Ambla_Vallakohus, lk 6
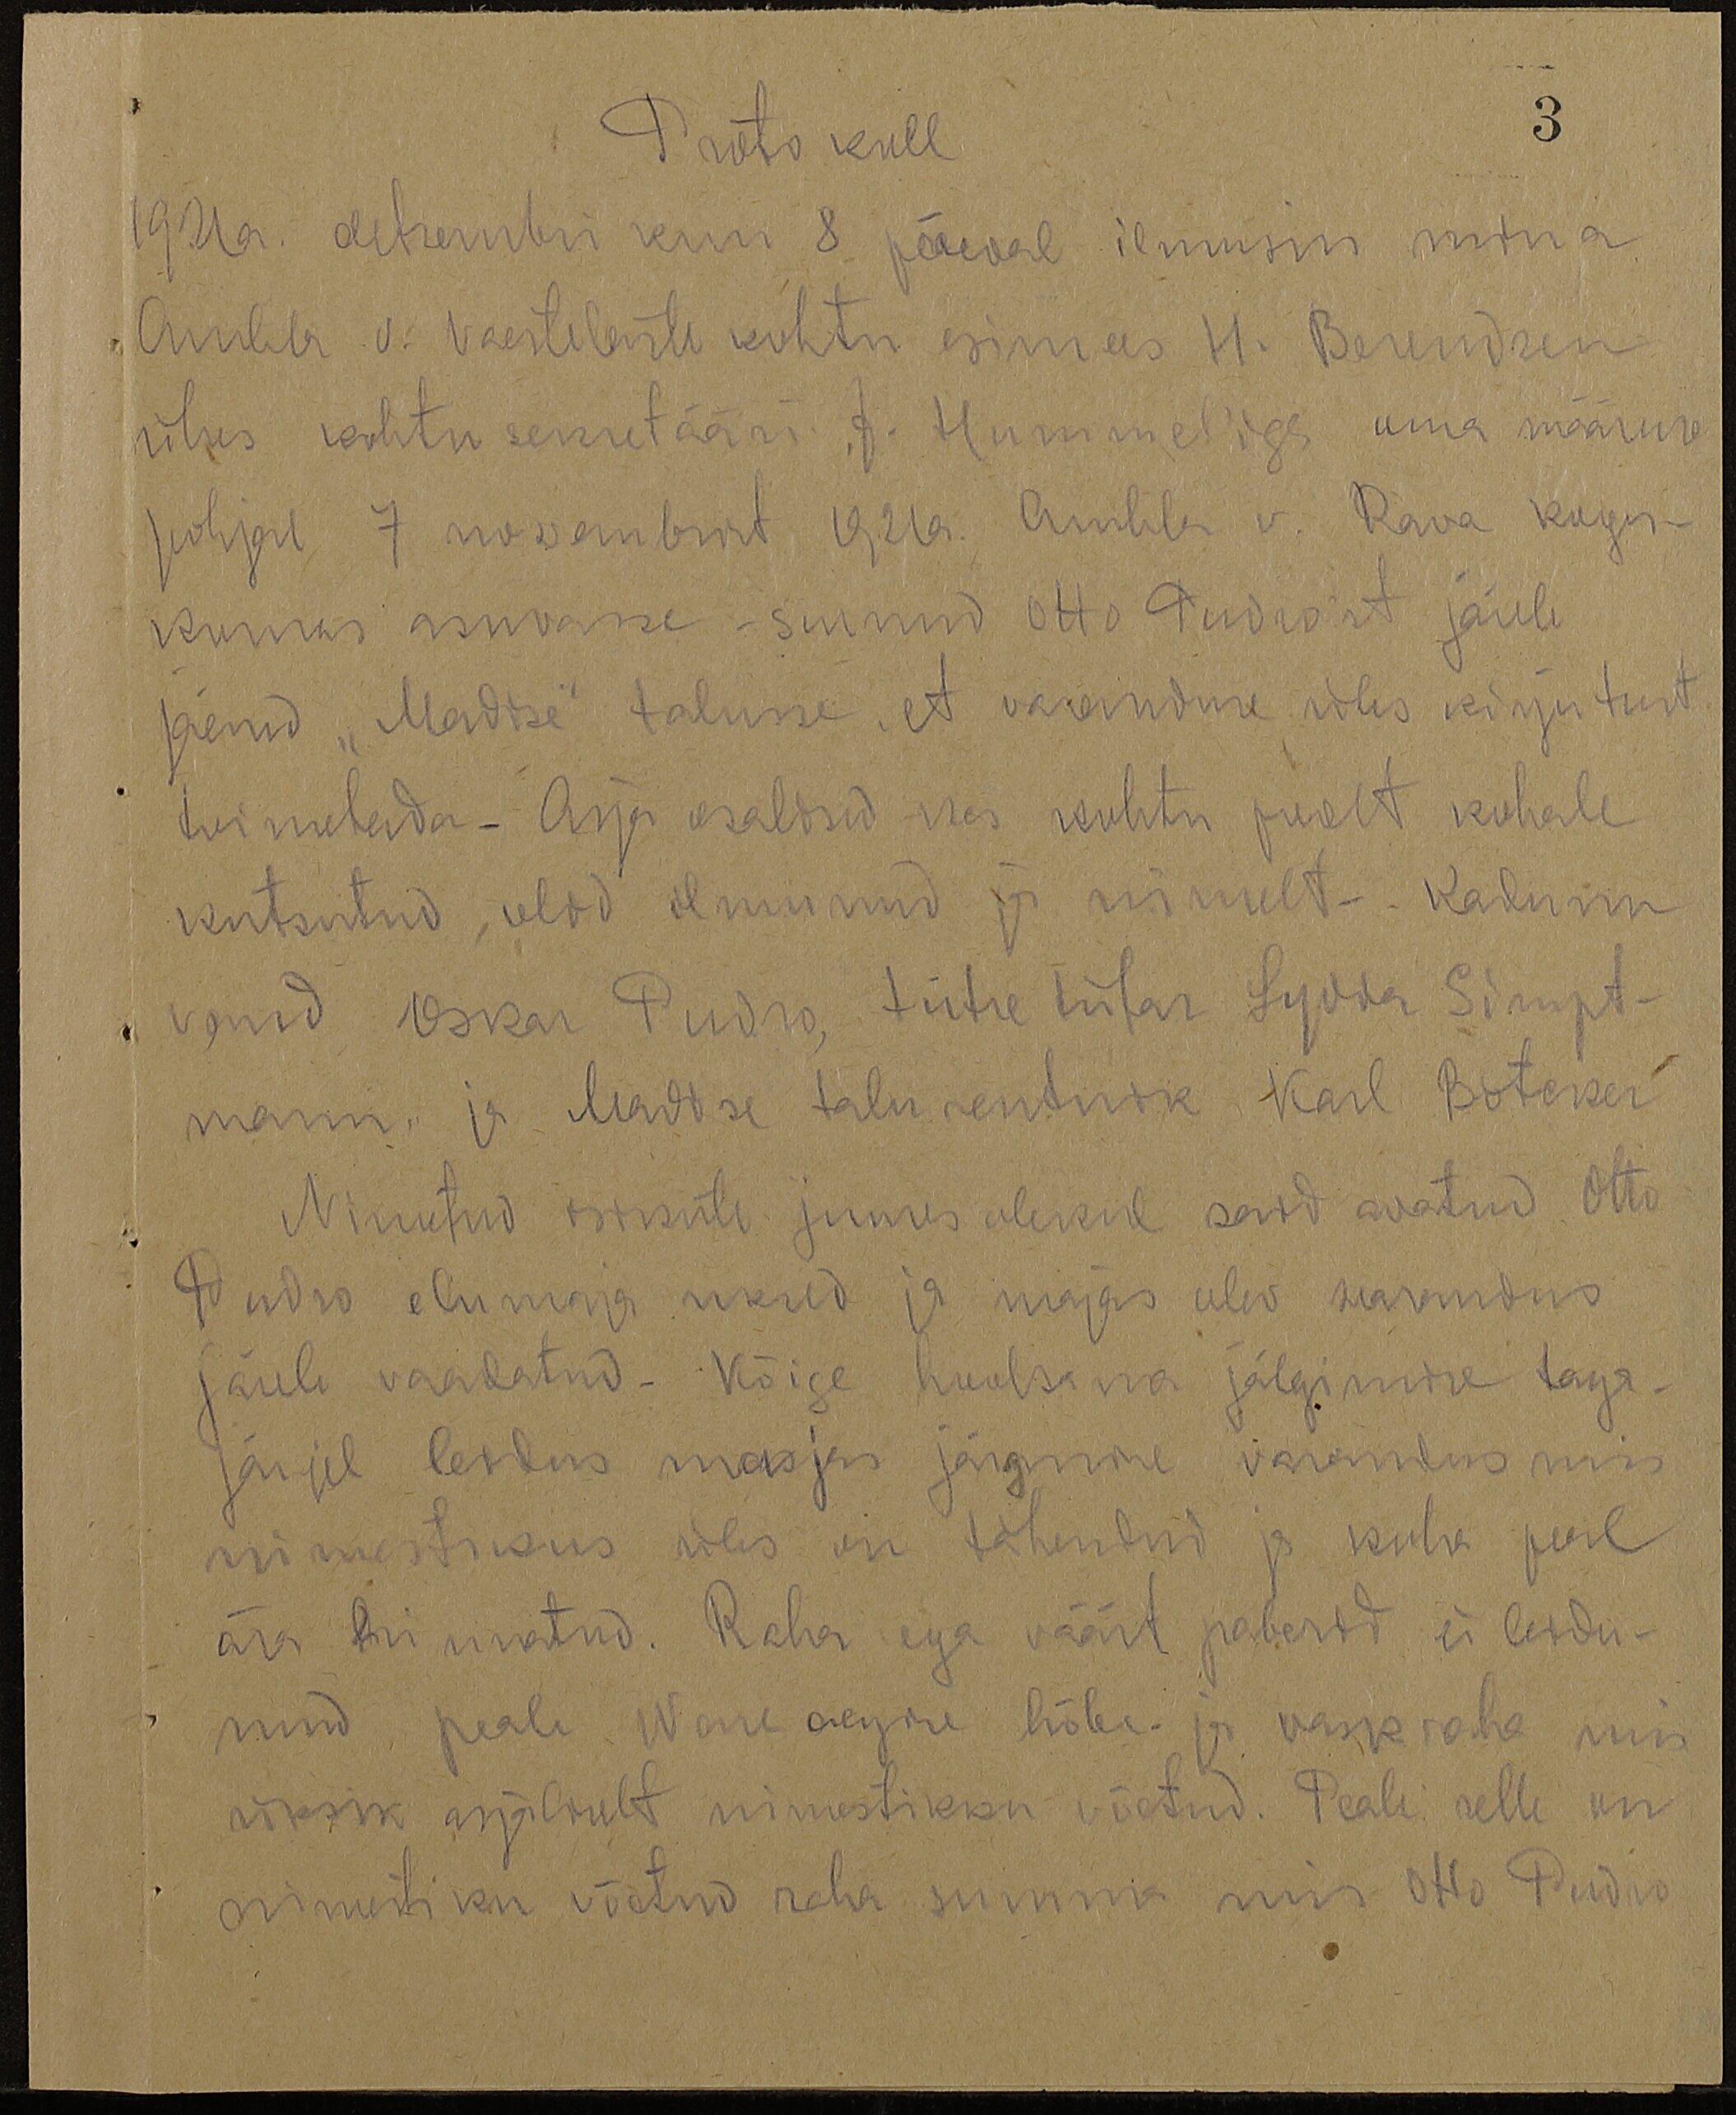
3.

Protokoll
1921 a. detsembri kuu 8 päeval ilmusin mina
Ambla v. Vaeste laste kohtu esimees H. Berendsen
ühes kohtu sekretääri F. Hummeliga oma määruse
põhjal 7 novembrist 1921 a. Ambla v. Rava kogu-
konnas asuvasse surnud Otto Pudro' st järele
jäend "Madise" talusse, et varanduse üles kirjutust
toimetada. Asja osalised kes kohtu poolt kohale
kutsutud olid ilmunud ja nimelt- Kalmin
vaud Oskar Pudro, tütre tütar Lydia Simpt-
mann, ja Madise talu rentnik Karl Botcker
Nimetud otsuste juures olekul said avatud Otto
Pudro elumaja uksed ja majas olev warandus
järele vaadatud. Kõige hoolsama jälgimise taga-
järjel leidus majas järgmine varandus mis
nimestikus üles on tähendud ja koha peal
ära hinnatud. Raha ega väärt paberid ei leidu-
nud, peale Wene aegse hõbe- ja wask raha mis
üksik asjalikult nimestikku võetud. Peale selle on
nimestiku võetud raha summa mis Otto Pudro